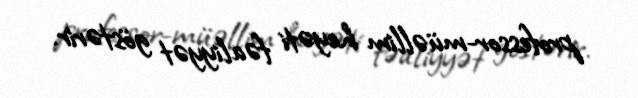
professor-müəllim heyəti fəaliyyət göstərir.